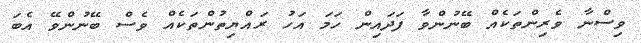
ވިސްނާ ވެރިންތަކެއް ބޭނުންވާ ފަދައިން ހަމަ އަހު ރައްޔިތުންތަކެއް ވެސް ބޭނުންވޭ އެބަ